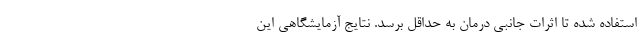
استفاده شده تا اثرات جانبی درمان به حداقل برسد. نتایج آزمایشگاهی این